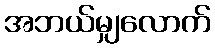
အဘယ်မျှလောက်